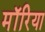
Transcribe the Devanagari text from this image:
मॉरिया